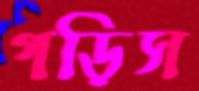
গড়িস